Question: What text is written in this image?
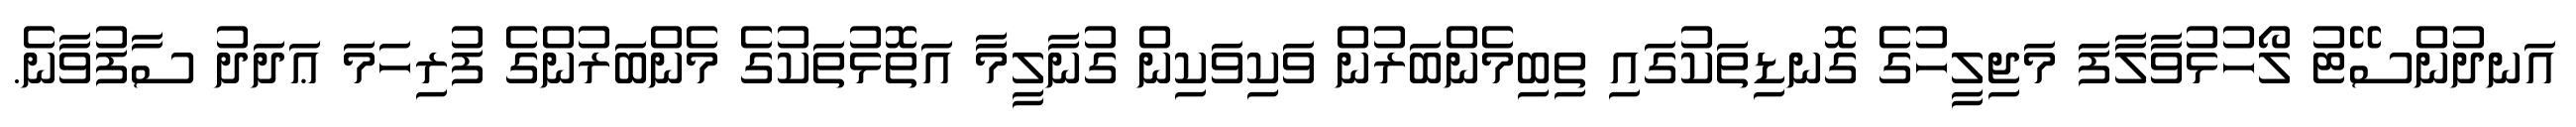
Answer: އަނދުންސޭޓު ލޯހުޅުވާލާފަ މަޖިލީހުގެ ގޮނޑިތަކުގައި ތިބިމެންބަރުން ވަކިވަކިން ގުނާލީމާ އަތޮޅުތަކުގެ މެންބަރުންގެ ފުރިހަމަ ޢަދަދު ސާފުވާނެ.